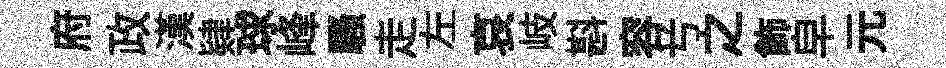
府政漢肄球峰騷走左哀岐斟容𠔃之飾皁元